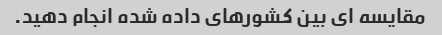
مقایسه ای بین کشورهای داده شده انجام دهید.